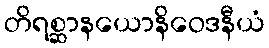
တိရစ္ဆာနယောနိဝေဒနီယံ